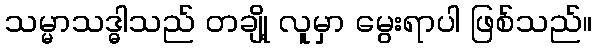
သမ္မာသဒ္ဓါသည် တချို့ လူမှာ မွေးရာပါ ဖြစ်သည်။